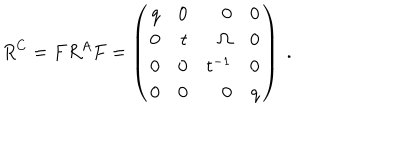
LaTeX: R ^ { C } = F R ^ { A } F = \left( \begin{array} { r r r r } { { q } } & { { 0 } } & { { 0 } } & { { 0 } } \\ { { 0 } } & { { t } } & { { \Omega } } & { { 0 } } \\ { { 0 } } & { { 0 } } & { { t ^ { - 1 } } } & { { 0 } } \\ { { 0 } } & { { 0 } } & { { 0 } } & { { q } } \\ \end{array} \right) \ .